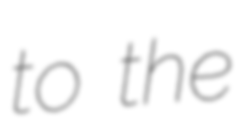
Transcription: to the